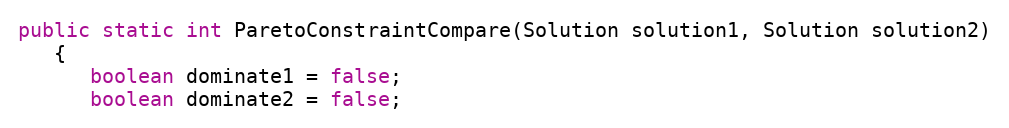
Language: Java
public static int ParetoConstraintCompare(Solution solution1, Solution solution2)
   {
      boolean dominate1 = false;
      boolean dominate2 = false;